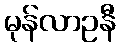
မုန်လာဥနီ